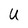
Character: U